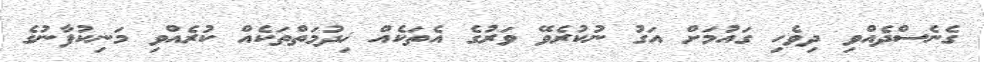
ގެނެސްދެއްވި ދިވެހި ގައުމަށް އަގު ނުކުރެވޭ ވަރުގެ އެތަކެއް ޚިދުމަތްތަކެއް ކުރެއްވި މަނިކުފާނުގެ